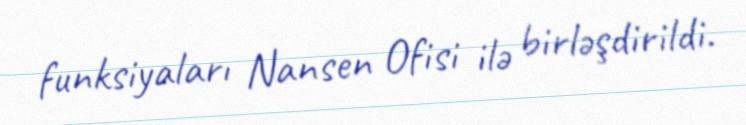
funksiyaları Nansen Ofisi ilə birləşdirildi.